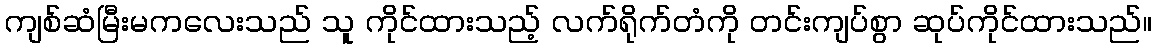
ကျစ်ဆံမြီးမကလေးသည် သူ ကိုင်ထားသည့် လက်ရိုက်တံကို တင်းကျပ်စွာ ဆုပ်ကိုင်ထားသည်။